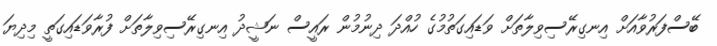
ބޭސްފަރުވާއަށް އިނގިރޭސިވިލާތަށް ވަޑައިގަތުމުގެ ހުއްދަ ދިނުމުން ރައީސް ނަޝީދު އިނގިރޭސިވިލާތަށް ފުރާވަޑައިގަތީ މިދިޔަ